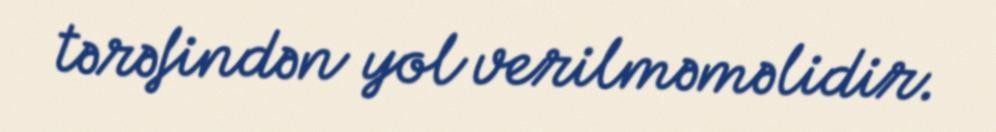
tərəfindən yol verilməməlidir.